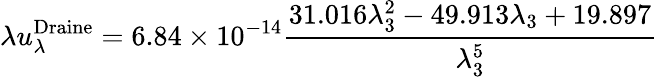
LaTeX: \lambda u_{\lambda}^{\mathrm{{Draine}}}=6.84\times 10^{-14}\frac{31.016\lambda_{3}^{2}-49.913\lambda_{3}+19.897}{\lambda_{3}^{5}}